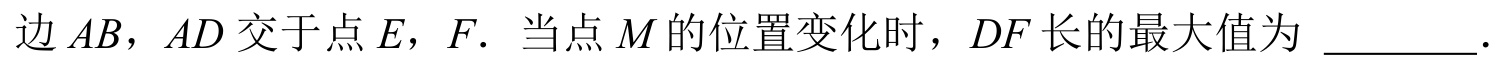
边\(AB\)，\(AD\)交于点\(E\)，\(F\). 当点\(M\)的位置变化时，\(DF\)长的最大值为  ．